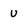
Character: u